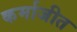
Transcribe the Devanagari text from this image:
कर्माजीत